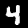
Label: 4